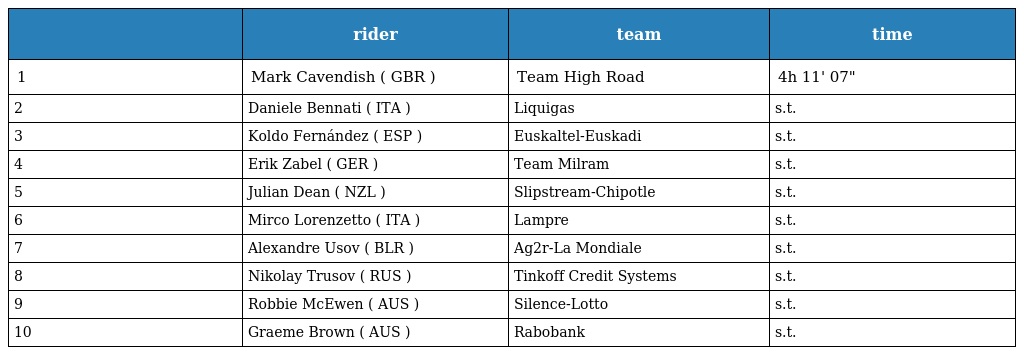
|  | rider | team | time |
 | --- | --- | --- | --- |
 | 1 | Mark Cavendish ( GBR ) | Team High Road | 4h 11' 07" |
 | 2 | Daniele Bennati ( ITA ) | Liquigas | s.t. |
 | 3 | Koldo Fernández ( ESP ) | Euskaltel-Euskadi | s.t. |
 | 4 | Erik Zabel ( GER ) | Team Milram | s.t. |
 | 5 | Julian Dean ( NZL ) | Slipstream-Chipotle | s.t. |
 | 6 | Mirco Lorenzetto ( ITA ) | Lampre | s.t. |
 | 7 | Alexandre Usov ( BLR ) | Ag2r-La Mondiale | s.t. |
 | 8 | Nikolay Trusov ( RUS ) | Tinkoff Credit Systems | s.t. |
 | 9 | Robbie McEwen ( AUS ) | Silence-Lotto | s.t. |
 | 10 | Graeme Brown ( AUS ) | Rabobank | s.t. |